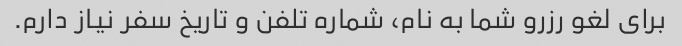
برای لغو رزرو شما به نام، شماره تلفن و تاریخ سفر نیاز دارم.